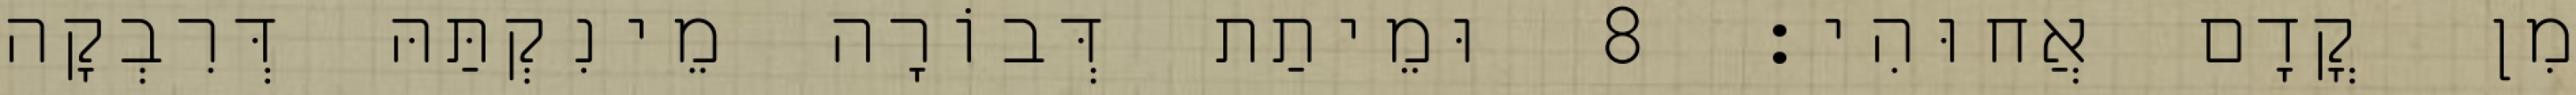
מִן קֳדָם אֲחוּהִי׃ 8 וּמֵיתַת דְּבוֹרָה מֵינִקְתַּהּ דְּרִבְקָה